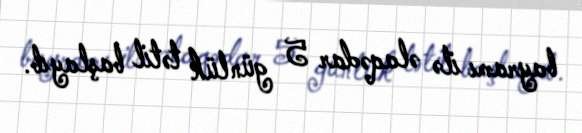
bayramı ilə əlaqədar 5 günlük tətil başlayıb.